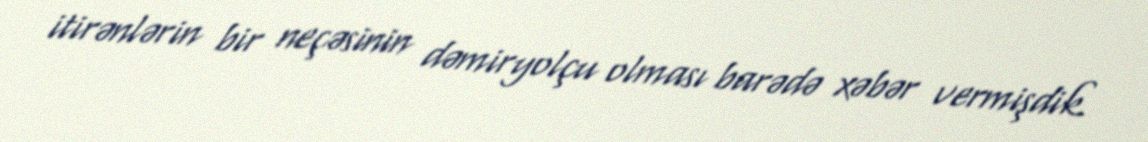
itirənlərin bir neçəsinin dəmiryolçu olması barədə xəbər vermişdik.